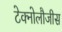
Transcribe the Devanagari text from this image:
टेक्नोलौजीस